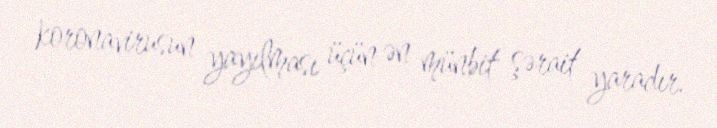
koronavirusun yayılması üçün ən münbit şərait yaradır.